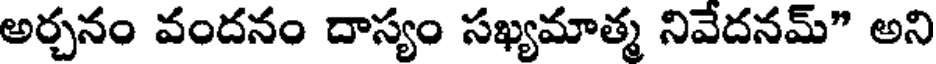
అర్చనం వందనం దాస్యం సఖ్యమాత్మ నివేదనమ్" అని